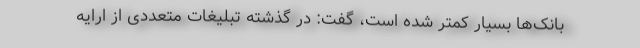
بانک‌ها بسیار کمتر شده‌ است، گفت: در گذشته تبلیغات متعددی از ارایه